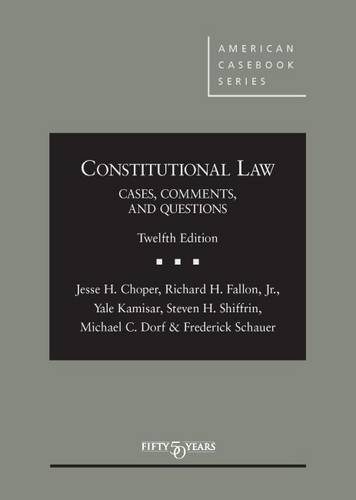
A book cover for Constitutional Law: Cases Comments and Questions (American Casebook Series); Jesse Choper; Law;